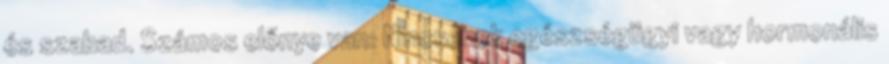
és szabad. Számos előnye van: Nincsenek egészségügyi vagy hormonális